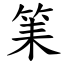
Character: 筙